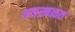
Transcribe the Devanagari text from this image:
अडख़ळत